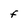
Character: F